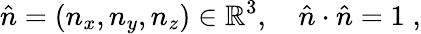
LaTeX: \hat{n}=(n_{x},n_{y},n_{z})\in\mathbb R^{3},\quad\hat{n}\cdot\hat{n}=1\; ,